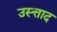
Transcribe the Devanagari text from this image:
उस्त्ताद